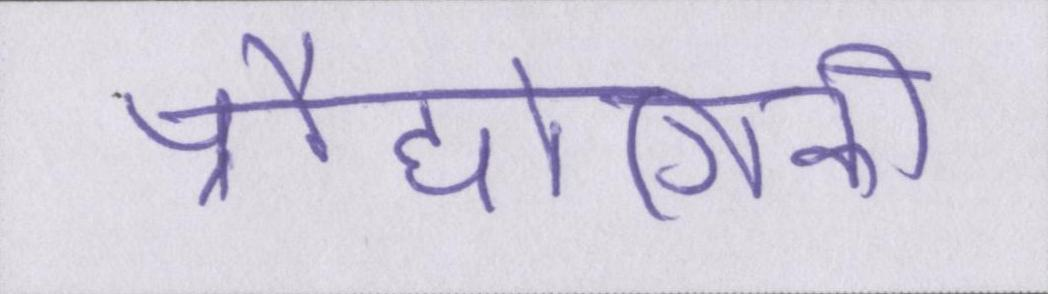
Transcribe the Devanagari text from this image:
प्रौद्योगिकी